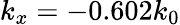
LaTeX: k_{x}=-0.602k_{0}